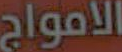
الامواج